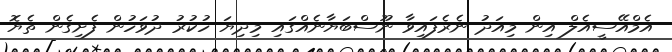
އެމްއޭސީއެލް އިން މިއަދު ނެރެފައިވާ ނޫސްބަޔާނެއްގައި މިދިޔަ ހުކުރު ދުވަހުން ފެށިގެން ތެޔޮ